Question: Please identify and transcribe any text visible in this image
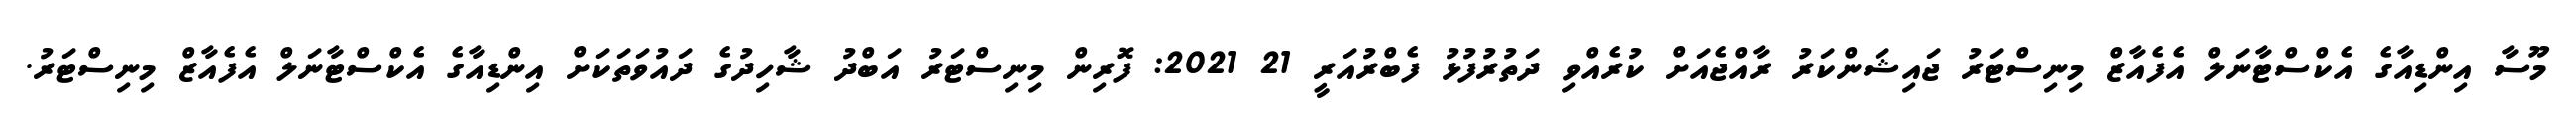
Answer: މޫސާ އިންޑިއާގެ އެކްސްޓާނަލް އެފެއާޒް މިނިސްޓަރު ޖައިޝަންކަރު ރާއްޖެއަށް ކުރެއްވި ދަތުރުފުޅު ފެބްރުއަރީ 21 2021: ފޮރިން މިނިސްޓަރު އަބްދު ޝާހިދުގެ ދައުވަތަކަށް އިންޑިއާގެ އެކްސްޓާނަލް އެފެއާޒް މިނިސްޓަރު.